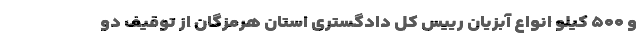
و ۵۰۰ کیلو انواع آبزیان رییس کل دادگستری استان هرمزگان از توقیف دو